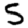
Digit: 5